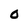
Character: 0